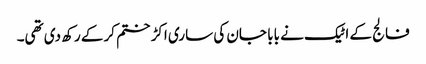
فالج کے اٹیک نے بابا جان کی ساری اکڑ ختم کرکے رکھ دی تھی۔